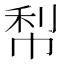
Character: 𭘢